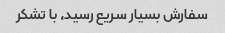
سفارش بسیار سریع رسید، با تشکر